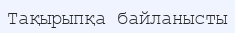
Тақырыпқа байланысты